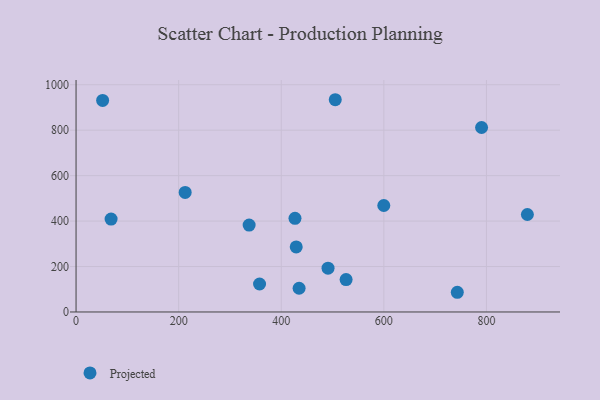
{"axis": {"x": "Engine Size", "y": "Fuel Efficiency"}, "legend": ["Projected"], "data": [{"x": "879.8", "y": 428.9, "type": "Projected"}, {"x": "434.8", "y": 104.5, "type": "Projected"}, {"x": "790.5", "y": 811.7, "type": "Projected"}, {"x": "212.7", "y": 525.9, "type": "Projected"}, {"x": "357.7", "y": 123.2, "type": "Projected"}, {"x": "337.4", "y": 382.3, "type": "Projected"}, {"x": "505.3", "y": 934.0, "type": "Projected"}, {"x": "429.2", "y": 286.3, "type": "Projected"}, {"x": "68.3", "y": 408.6, "type": "Projected"}, {"x": "526.4", "y": 142.5, "type": "Projected"}, {"x": "51.8", "y": 931.1, "type": "Projected"}, {"x": "599.9", "y": 468.5, "type": "Projected"}, {"x": "743.2", "y": 86.7, "type": "Projected"}, {"x": "426.8", "y": 411.9, "type": "Projected"}, {"x": "491.2", "y": 192.8, "type": "Projected"}]}